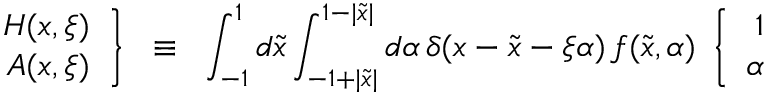
\left. \begin{array} { r } { { H ( x , \xi ) } } \\ { { A ( x , \xi ) } } \end{array} \right\} \; \; \equiv \; \; \int _ { - 1 } ^ { 1 } d \tilde { x } \int _ { - 1 + | \tilde { x } | } ^ { 1 - | \tilde { x } | } d \alpha \, \delta ( x - \tilde { x } - \xi \alpha ) \, f ( \tilde { x } , \alpha ) \; \left\{ \begin{array} { r } { { 1 } } \\ { { \alpha } } \end{array} \right.